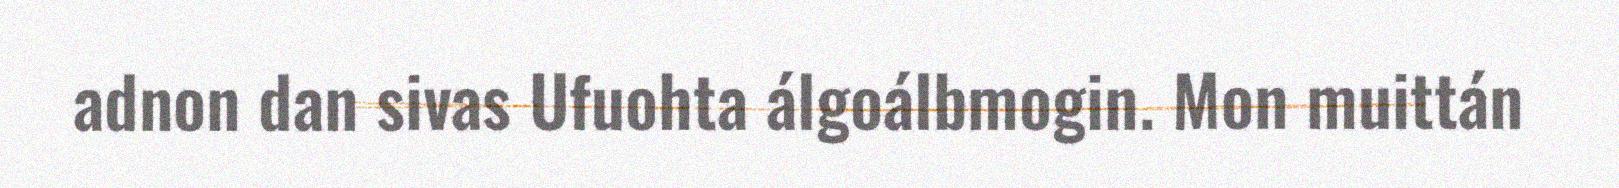
adnon dan sivas Ufuohta álgoálbmogin. Mon muittán